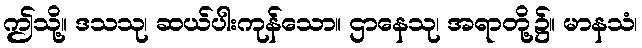
ဤသို့။ ဒသသု၊ ဆယ်ပါးကုန်သော။ ဌာနေသု၊ အရာတို့၌။ မာနသံ၊